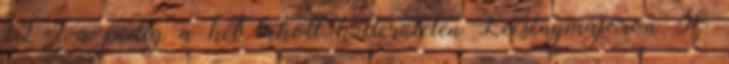
12 %-a pedig a két lakott külterületen Lecsénymajoron 36